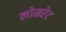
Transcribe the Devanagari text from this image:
लोमरेट